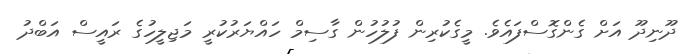
ދޫނިދޫ އަށް ގެންގޮސްފައެވެ. މީގެކުރިން ފުލުހުން ގާސިމް ހައްޔަރުކުރީ މަޖިލީހުގެ ރައީސް އަބްދު